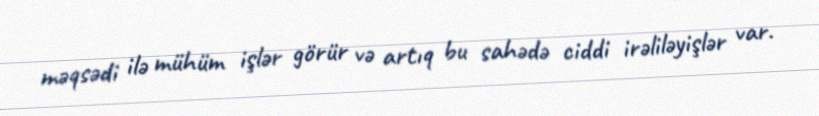
məqsədi ilə mühüm işlər görür və artıq bu sahədə ciddi irəliləyişlər var.